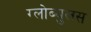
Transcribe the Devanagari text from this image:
ग्लोब्युलस